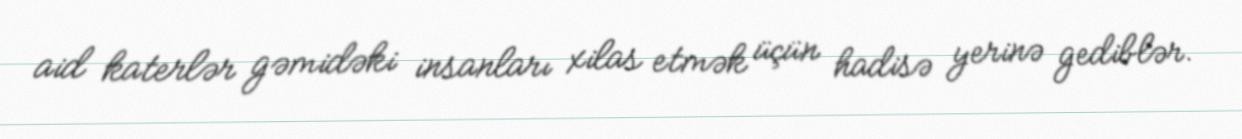
aid katerlər gəmidəki insanları xilas etmək üçün hadisə yerinə gediblər.